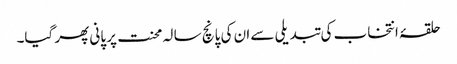
حلقۂ انتخاب کی تبدیلی سے ان کی پانچ سا لہ محنت پر پانی پھر گیا۔